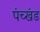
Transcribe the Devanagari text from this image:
पंच्खंड